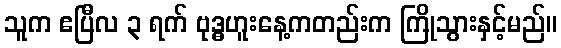
သူက ဧပြီလ ၃ ရက် ဗုဒ္ဓဟူးနေ့ကတည်းက ကြိုသွားနှင့်မည်။